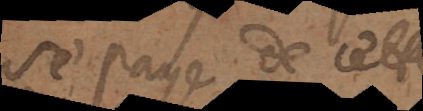
se paye de cette